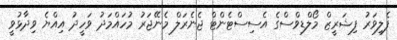
ފެލިވަރު ފިޝަރީޒް މޯލްޑިވްސްގެ އެސިސްޓެންޓް ޖެނެރަލް މެނޭޖަރު މުހައްމަދު ވަހީދު އިއްޔެ ވިދާޅުވީ